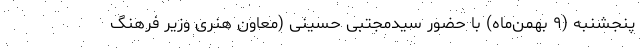
پنجشنبه (۹ بهمن‌ماه) با حضور سیدمجتبی حسینی (معاون هنری وزیر فرهنگ